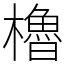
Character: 櫓